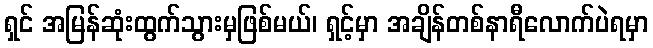
ရှင် အမြန်ဆုံးထွက်သွားမှဖြစ်မယ်၊ ရှင့်မှာ အချိန်တစ်နာရီလောက်ပဲရမှာ